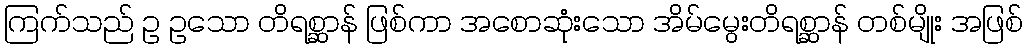
ကြက်သည် ဥ ဥသော တိရစ္ဆာန် ဖြစ်ကာ အစောဆုံးသော အိမ်မွေးတိရစ္ဆာန် တစ်မျိုး အဖြစ်